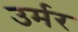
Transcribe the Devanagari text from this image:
उर्मर